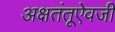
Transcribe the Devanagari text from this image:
अक्षतंतूऐवजी